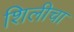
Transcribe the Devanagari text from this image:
शिलीचा